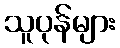
သူပုန်များ